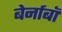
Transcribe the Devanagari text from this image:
बेर्नाबॉ